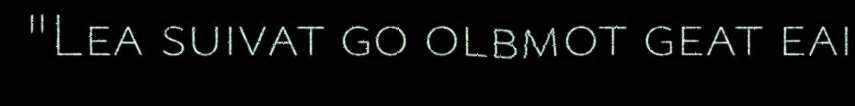
"Lea suivat go olbmot geat eai